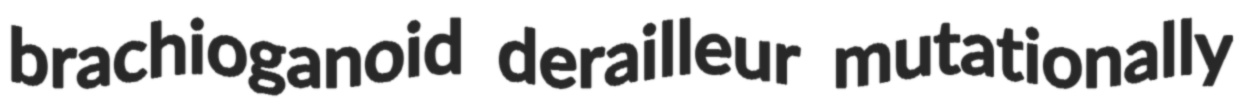
brachioganoid derailleur mutationally